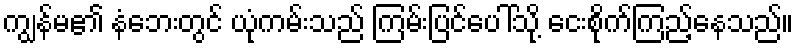
ကျွန်မ၏ နံဘေးတွင် ယုံကမ်းသည် ကြမ်းပြင်ပေါ်သို့ ငေးစိုက်ကြည့်နေသည်။